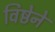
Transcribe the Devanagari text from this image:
विष्ठेने